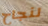
لنجاح